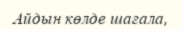
Айдын көлде шағала,